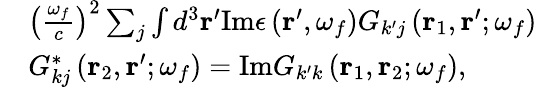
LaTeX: \begin{array}{rl}&{\left(\frac{\omega_{f}}{c}\right)^{2}\sum_{j}\int d^{3}\mathbf{r}^{\prime}\mathrm{Im}\epsilon\left(\mathbf{r}^{\prime},\omega_{f}\right)G_{k^{\prime}j}\left(\mathbf{r}_{1},\mathbf{r}^{\prime};\omega_{f}\right)}\\ &{G_{kj}^{*}\left(\mathbf{r}_{2},\mathbf{r}^{\prime};\omega_{f}\right)=\mathrm{Im}G_{k^{\prime}k}\left(\mathbf{r}_{1},\mathbf{r}_{2};\omega_{f}\right),}\end{array}